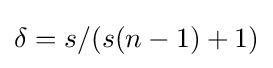
\delta =s/(s(n-1)+1)